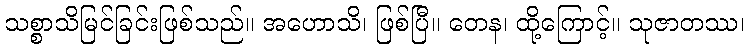
သစ္စာသိမြင်ခြင်းဖြစ်သည်။ အဟောသိ၊ ဖြစ်ပြီ။ တေန၊ ထို့ကြောင့်။ သုဇာတဿ၊